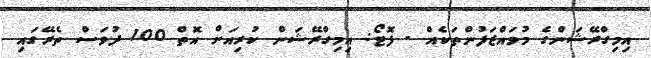
އިމިގްރޭޝަންގެ މުވައްޒަފުންތަކެއް - ފޮޓޯ: އިމިގްރޭޝަން ކުރިއަށް އޮތް 100 ދުވަސް ތެރޭގައި